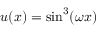
u ( x ) = \mathrm { s i n } ^ { 3 } ( \omega x )